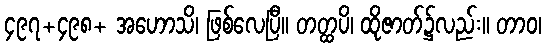
၄၉၇+၄၉၈+ အဟောသိ၊ ဖြစ်လေပြီ။ တတ္ထပိ၊ ထိုဇာတ်၌လည်း။ တာဝ၊